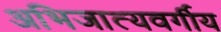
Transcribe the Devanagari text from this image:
अभिजात्यवर्गीय